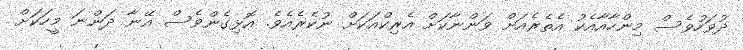
ދުވަހުވެެސް މިންހާއާއެކު އެތެރެއަށް ވަންނާކަށް އެރިކްއަކަށް ނުކެރެއެވެ. އޮޅިގެންވެސް އޭނާ ދަންނަ މީހަކަށް